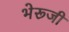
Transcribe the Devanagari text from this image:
भेरूजी